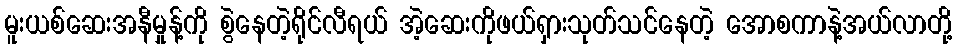
မူးယစ်ဆေးအနီမှုန့်ကို စွဲနေတဲ့ရိုင်လီရယ် အဲ့ဆေးကိုဖယ်ရှားသုတ်သင်နေတဲ့ အောစကာနဲ့အယ်လာတို့